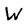
Character: W